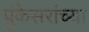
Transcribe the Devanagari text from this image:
पुंकेसरांच्या